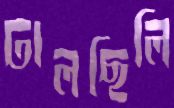
ঢালছিলি